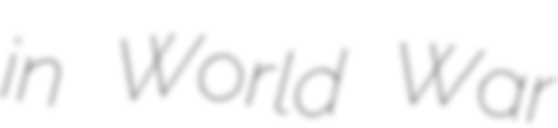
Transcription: in World War